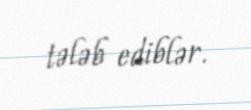
tələb ediblər.